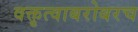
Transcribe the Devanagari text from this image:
वक्तृत्वाबरोबरच